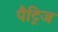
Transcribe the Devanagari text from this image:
पैट्रिज